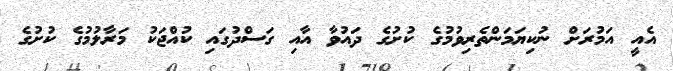
އެއީ އަމުރަށް ނުކިޔަމަންތެރިވުމުގެ ކުށުގެ ދައުވާ އާއި ގަސްދުގައި ކުއްޖަކު މަރާލުމުގެ ކުށުގެ